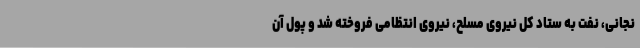
نجانی، نفت به ستاد کل نیروی مسلح، نیروی انتظامی فروخته شد و پول آن